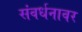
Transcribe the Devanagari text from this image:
संवर्धनावर